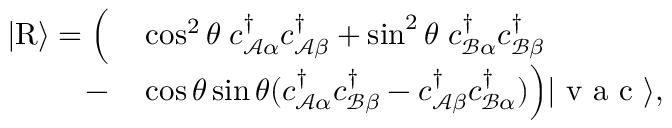
\begin{array} { r l } { \vert \mathrm { R } \rangle = \Big ( } & { { } \cos ^ { 2 } \theta \; { c } _ { \mathcal { A } \alpha } ^ { \dagger } { c } _ { \mathcal { A } \beta } ^ { \dagger } + \sin ^ { 2 } \theta \; { c } _ { \mathcal { B } \alpha } ^ { \dagger } { c } _ { \mathcal { B } \beta } ^ { \dagger } } \\ { - } & { { } \cos \theta \sin \theta ( { c } _ { \mathcal { A } \alpha } ^ { \dagger } { c } _ { \mathcal { B } \beta } ^ { \dagger } - { c } _ { \mathcal { A } \beta } ^ { \dagger } { c } _ { \mathcal { B } \alpha } ^ { \dagger } ) \Big ) \vert \mathrm { ~ v ~ a ~ c ~ } \rangle , } \end{array}